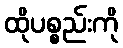
ထိုပစ္စည်းကို